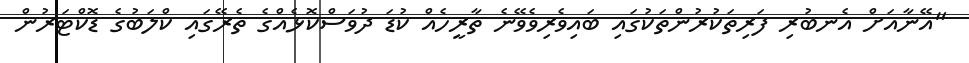
"އޭނާއަށް އެނބުރި ފަރިތަކުރުންތަކުގައި ބައިވެރިވެވޭނެ ތާރީހެއް ކުޑަ ދުވަސްކޮޅެއްގެ ތެރޭގައި ކްލަބުގެ ޑޮކްޓަރުން